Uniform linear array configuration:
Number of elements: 48
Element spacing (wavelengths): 0.75
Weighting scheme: blackman
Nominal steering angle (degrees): -60
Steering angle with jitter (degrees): -59.41
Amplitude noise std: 0.05
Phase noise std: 0.05

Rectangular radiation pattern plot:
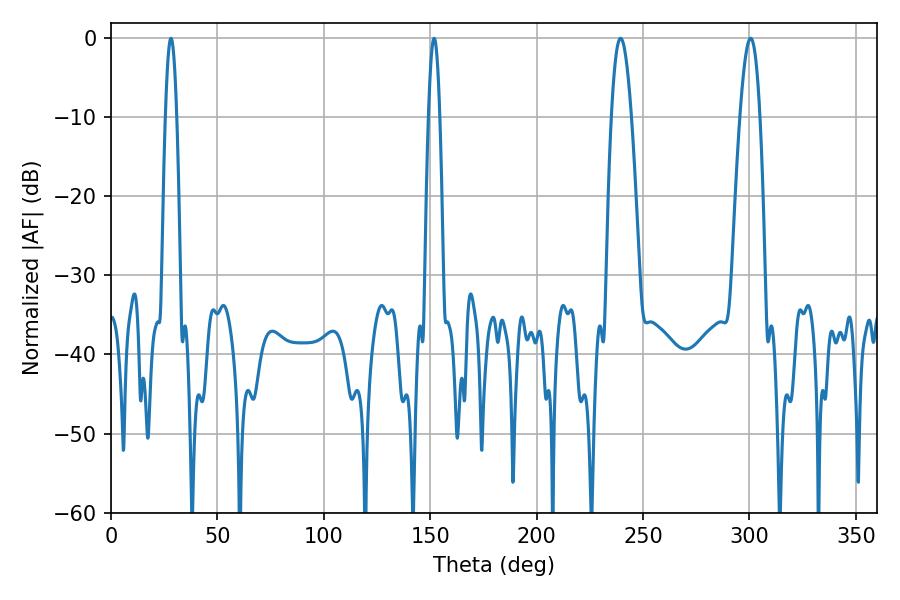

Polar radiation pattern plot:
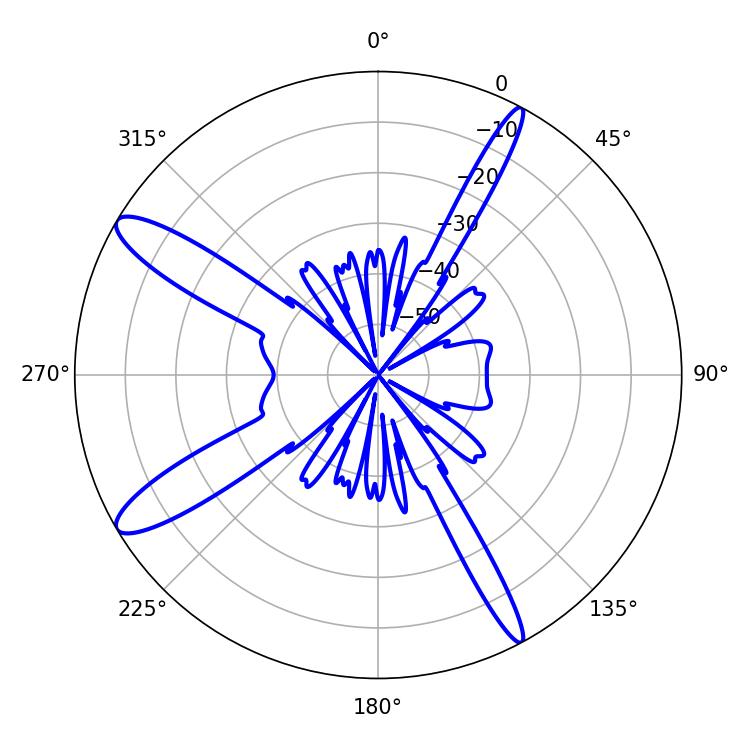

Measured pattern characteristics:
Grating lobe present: TRUE
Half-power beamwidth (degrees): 5.04
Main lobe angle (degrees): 239.4